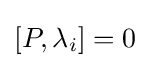
[P,\lambda _{i}]=0